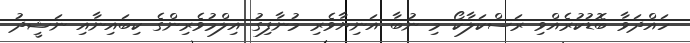
ހައްދަވާ ބޮޑުކުރެއްވި ރަސްކަލާކޯ މި ނުބާ އަނިޔާވެރި މުނާފިގު އިލްމުވެރިންގެ ކިބައިނާއި ނަޝީދު